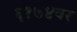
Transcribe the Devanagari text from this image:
६१७४वर